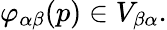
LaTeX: \varphi_{\alpha\beta}(p)\in V_{\beta\alpha}.